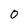
Character: 0